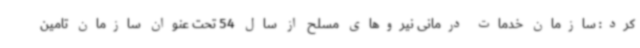
کرد: سازمان خدمات درمانی نیروهای مسلح از سال 54 تحت عنوان سازمان تامین